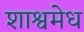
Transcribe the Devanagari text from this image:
शाश्वमेध